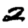
Digit: 2